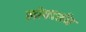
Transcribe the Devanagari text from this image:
लोपदर्शन